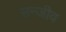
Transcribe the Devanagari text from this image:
सन्जीव